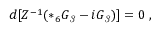
d [ Z ^ { - 1 } ( * _ { 6 } G _ { \it 3 } - i G _ { \it 3 } ) ] = 0 \ ,